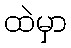
ထဲမှာ